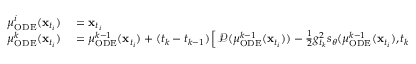
\begin{array} { r l } { \mu _ { \mathrm { O D E } } ^ { i } ( \mathbf { x } _ { t _ { i } } ) } & { { } = \mathbf { x } _ { t _ { i } } } \\ { \mu _ { \mathrm { O D E } } ^ { k } ( \mathbf { x } _ { t _ { i } } ) } & { { } = \mu _ { \mathrm { O D E } } ^ { k - 1 } ( \mathbf { x } _ { t _ { i } } ) + ( t _ { k } - t _ { k - 1 } ) \left[ \mathcal { P } ( \mu _ { \mathrm { O D E } } ^ { k - 1 } ( \mathbf { x } _ { t _ { i } } ) ) - \frac { 1 } { 2 } g _ { t _ { k } } ^ { 2 } s _ { \theta } ( \mu _ { \mathrm { O D E } } ^ { k - 1 } ( \mathbf { x } _ { t _ { i } } ) , t _ { k - 1 } ) \right] . } \end{array}